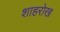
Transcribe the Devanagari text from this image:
शाहरोख